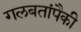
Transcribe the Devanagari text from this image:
गलबतांपैकी